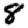
Digit: 8